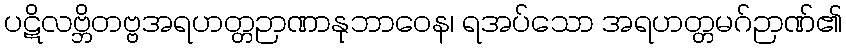
ပဋိလဗ္ဘိတဗ္ဗအရဟတ္တဉာဏာနုဘာဝေန၊ ရအပ်သော အရဟတ္တမဂ်ဉာဏ်၏